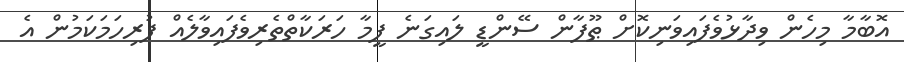
އޮބާމާ މިހެން ވިދާޅުވެފައިވަނިކޮށް ޠޫފާން ސޭންޑީ ލައިގަނެ ފީމާ ހަރަކާތްތެރިވެފައިވާލެއް ފުރިހަމަކަމުން އެ